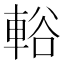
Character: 輍